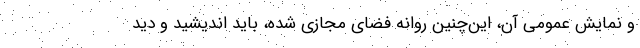
و نمایش عمومی آن، این‌چنین روانه فضای مجازی شده، باید اندیشید و دید